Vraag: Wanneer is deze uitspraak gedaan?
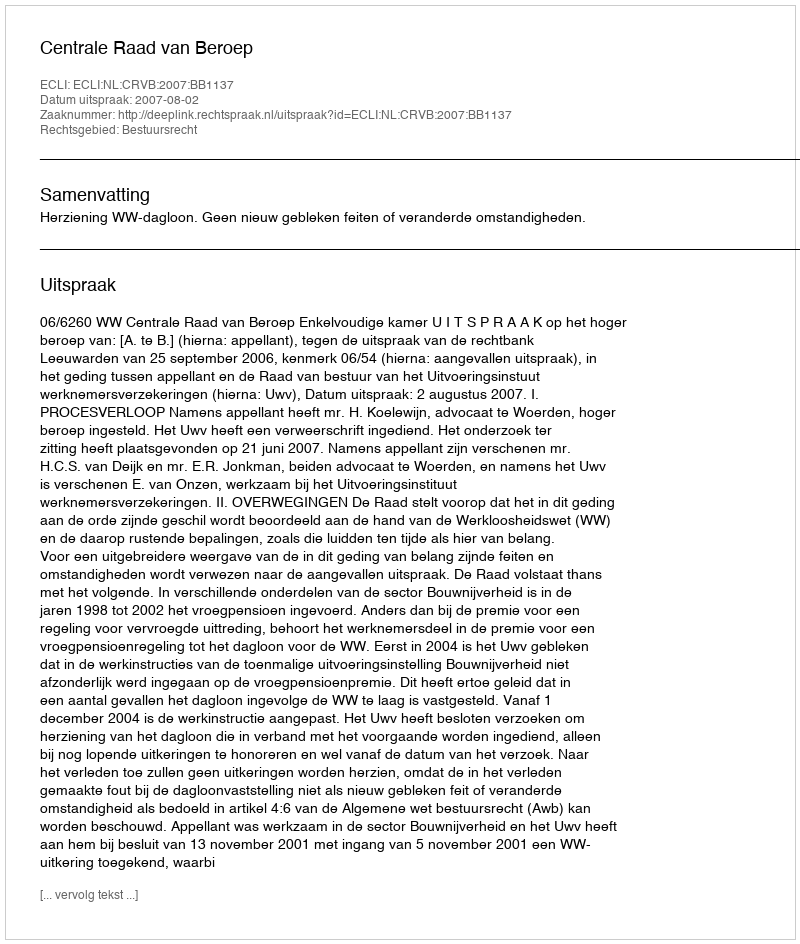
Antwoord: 2007-08-02